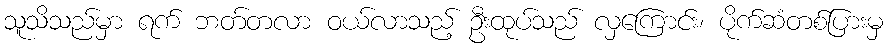
သူသိသည်မှာ ရက် ဘတ်တလာ ဝယ်လာသည့် ဦးထုပ်သည် လှကြောင်း၊ ပိုက်ဆံတစ်ပြားမှ